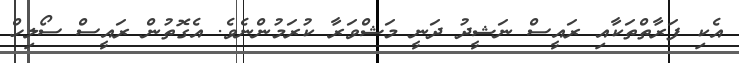
އެކި ފަރާތްތަކާއި ރައީސް ނަޝީދު ދަނީ މަޝްވަރާ ކުރަމުންނެވެ. އެގޮތުން ރައީސް ސޯލިހް